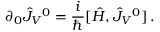
\partial _ { 0 } \hat { J } _ { V } { } ^ { 0 } = { \frac { i } { \hbar } } [ \hat { H } , \hat { J } _ { V } { } ^ { 0 } ] \, .